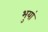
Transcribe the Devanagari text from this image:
भुयां